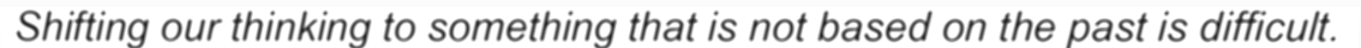
Shifting our thinking to something that is not based on the past is difficult.